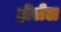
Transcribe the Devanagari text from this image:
हीलेल